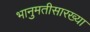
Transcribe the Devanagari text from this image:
भानुमतीसारख्या